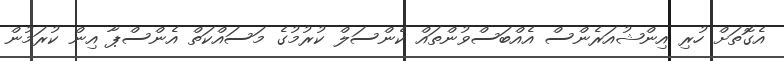
އެގޮތަށް ހުރި އިންޝުއަރެންސް އެއްބަސްވުންތައް ކެންސަލް ކުރުމުގެ މަސައްކަތް އެންސްޕާ އިން ކުރަމުން